Mental hospitals Bombay report 1921-28 - 1921-1928
Year: 1921
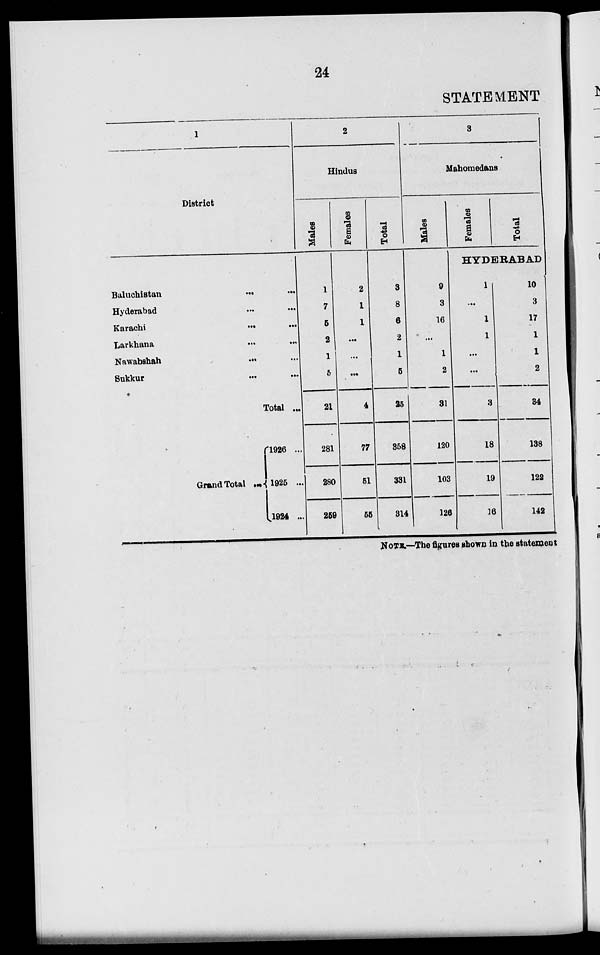
24
STATEMENT
1
District
Baluchistan ... ...
Hyderabad ... ...
Karachi ... ...
Larkhana ... ...
Nawabshah ... ...
Sukkur ... ...
Total ...
Grand Total ...
1926 ...
1925 ...
1924 ...
2
Hindus
Males
1
7
5
2
1
5
21
281
280
259
Females
2
1
1
...
...
...
4
77
51
55
Total
3
8
6
2
1
5
25
358
331
314
3
Mahometans
Males
9
3
16
...
1
2
31
120
103
126
Females
Total
HYDERABAD
1
...
1
1
...
...
3
18
19
16
10
3
17
1
1
2
34
138
122
142
NOTE.—The figures shown in the statement